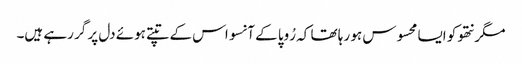
مگر نتھو کو ایسا محسوس ہو رہا تھا کہ رُوپا کے آنسو اس کے تپتے ہوئے دل پر گر رہے ہیں۔